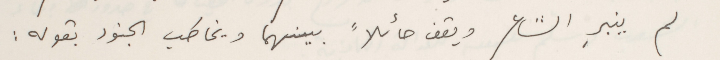
لم ينبرِ الشاعر ويقف حائلاً بينهما ويخاطب الجنود بقوله :